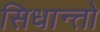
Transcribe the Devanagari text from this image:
सिधान्तो